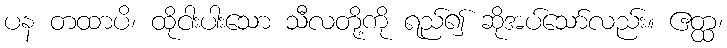
ပန တထာပိ၊ ထိုငါးပါးသော သီလတို့ကို ရည်၍ ဆိုအပ်သော်လည်း။ ဧတ္ထ၊